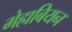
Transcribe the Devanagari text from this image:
मेह्राबियन